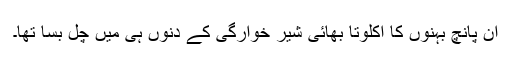
ان پانچ بہنوں کا اکلوتا بھائی شیر خوارگی کے دنوں ہی میں چل بسا تھا۔